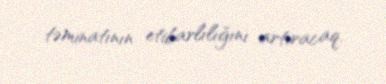
təminatının etibarlılığını artıracaq.